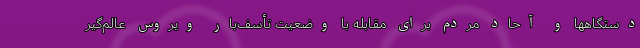
دستگاهها و آحاد مردم برای مقابله با وضعیت تأسف‌بار ویروس عالم‌گیر